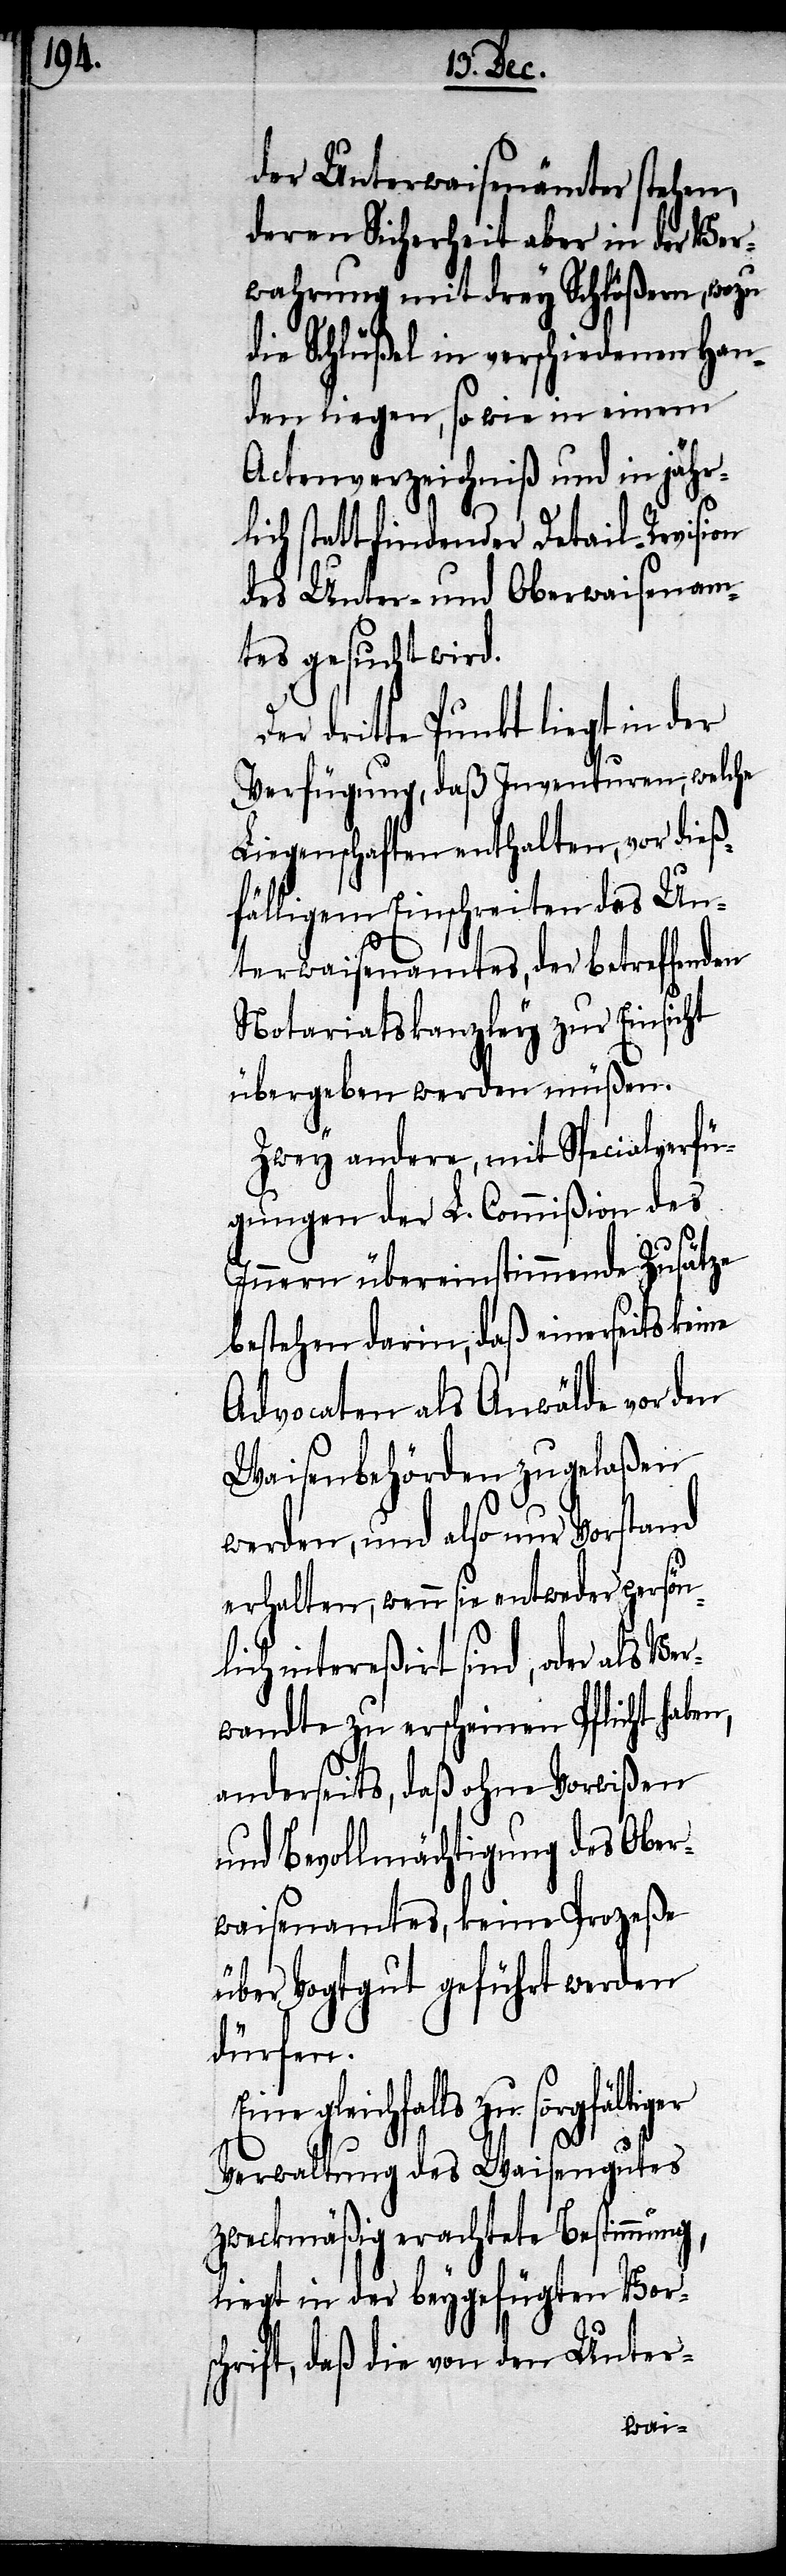
der Unterwaisenämter stehen,
deren Sicherheit aber in der Ver¬
wahrung mit drey Schlößern, wozu
die Schlüßel in verschiedenen Han¬
den liegen, so wie in einem
Actenverzeichniß und in jähr¬
lich statt findender Detail-Revision
des Unter- und Oberwaisenam¬
tes gesucht wird.
dritte Punkt liegt in der
Verfügung, daß Inventuren, welche
Liegenschaften enthalten, vor dieß¬
fälligem Einschreiten des Un¬
terwaisenamtes, der betreffenden
Notariatskanzley zur Einsicht
übergebe werden müßen.
Zwey andere, mit Specialverfü¬
gungen der L. Commißion des
Innern übereinstimmende Zusätze
bestehen darin, daß einerseits keine
Advocaten als Anwälde vor den
Waisenbehörden zugelaßen
werden, und also nur Vorstand
erhalten, wenn sie entweder persön¬
lich intereßirt sind, oder als Ver¬
wandte zu erscheinen Pflicht habe¬
anderseits, daß ohne Vorwißen
und Bevollmächtigung des Ober¬
waisenamtes, keine Prozeße
über Vogtgut geführt werden
dürfen.
gleichfalls zu sorgfält¬
Verwaltung des Waisengutes
zweckmäßig erachtete Bestimmung
liegt in der beygefügten Vorsc¬
hrift, daß die von den Unter-
iger